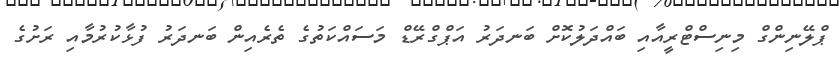
ޕްލޭނިންގް މިނިސްޓްރީއާއި ބައްދަލުކޮށް ބަނދަރު އަޕްގްރޭޑް މަސައްކަތުގެ ތެރެއިން ބަނދަރު ފުޅާކުރުމާއި ރަށުގެ